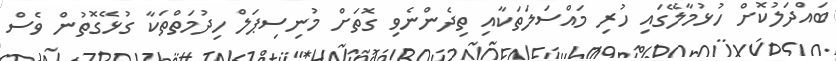
ބައްދަލުކޮށް ހުޅުމާލޭގައި ހުރި މައްސަލަތަކާއި ތިދެންނެވި ގޮތަށް މުނިސިޕަލް ހިދުމަތްތަކާ ގުޅޭގޮތުން ވެސް